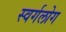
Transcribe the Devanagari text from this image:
स्वर्गलोग